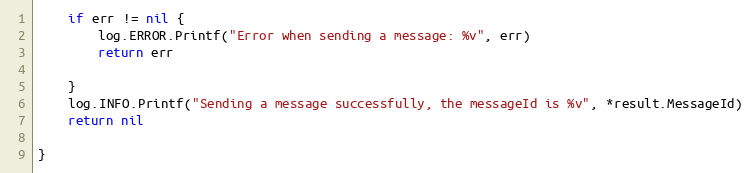
Language: Go
	if err != nil {
		log.ERROR.Printf("Error when sending a message: %v", err)
		return err

	}
	log.INFO.Printf("Sending a message successfully, the messageId is %v", *result.MessageId)
	return nil

}